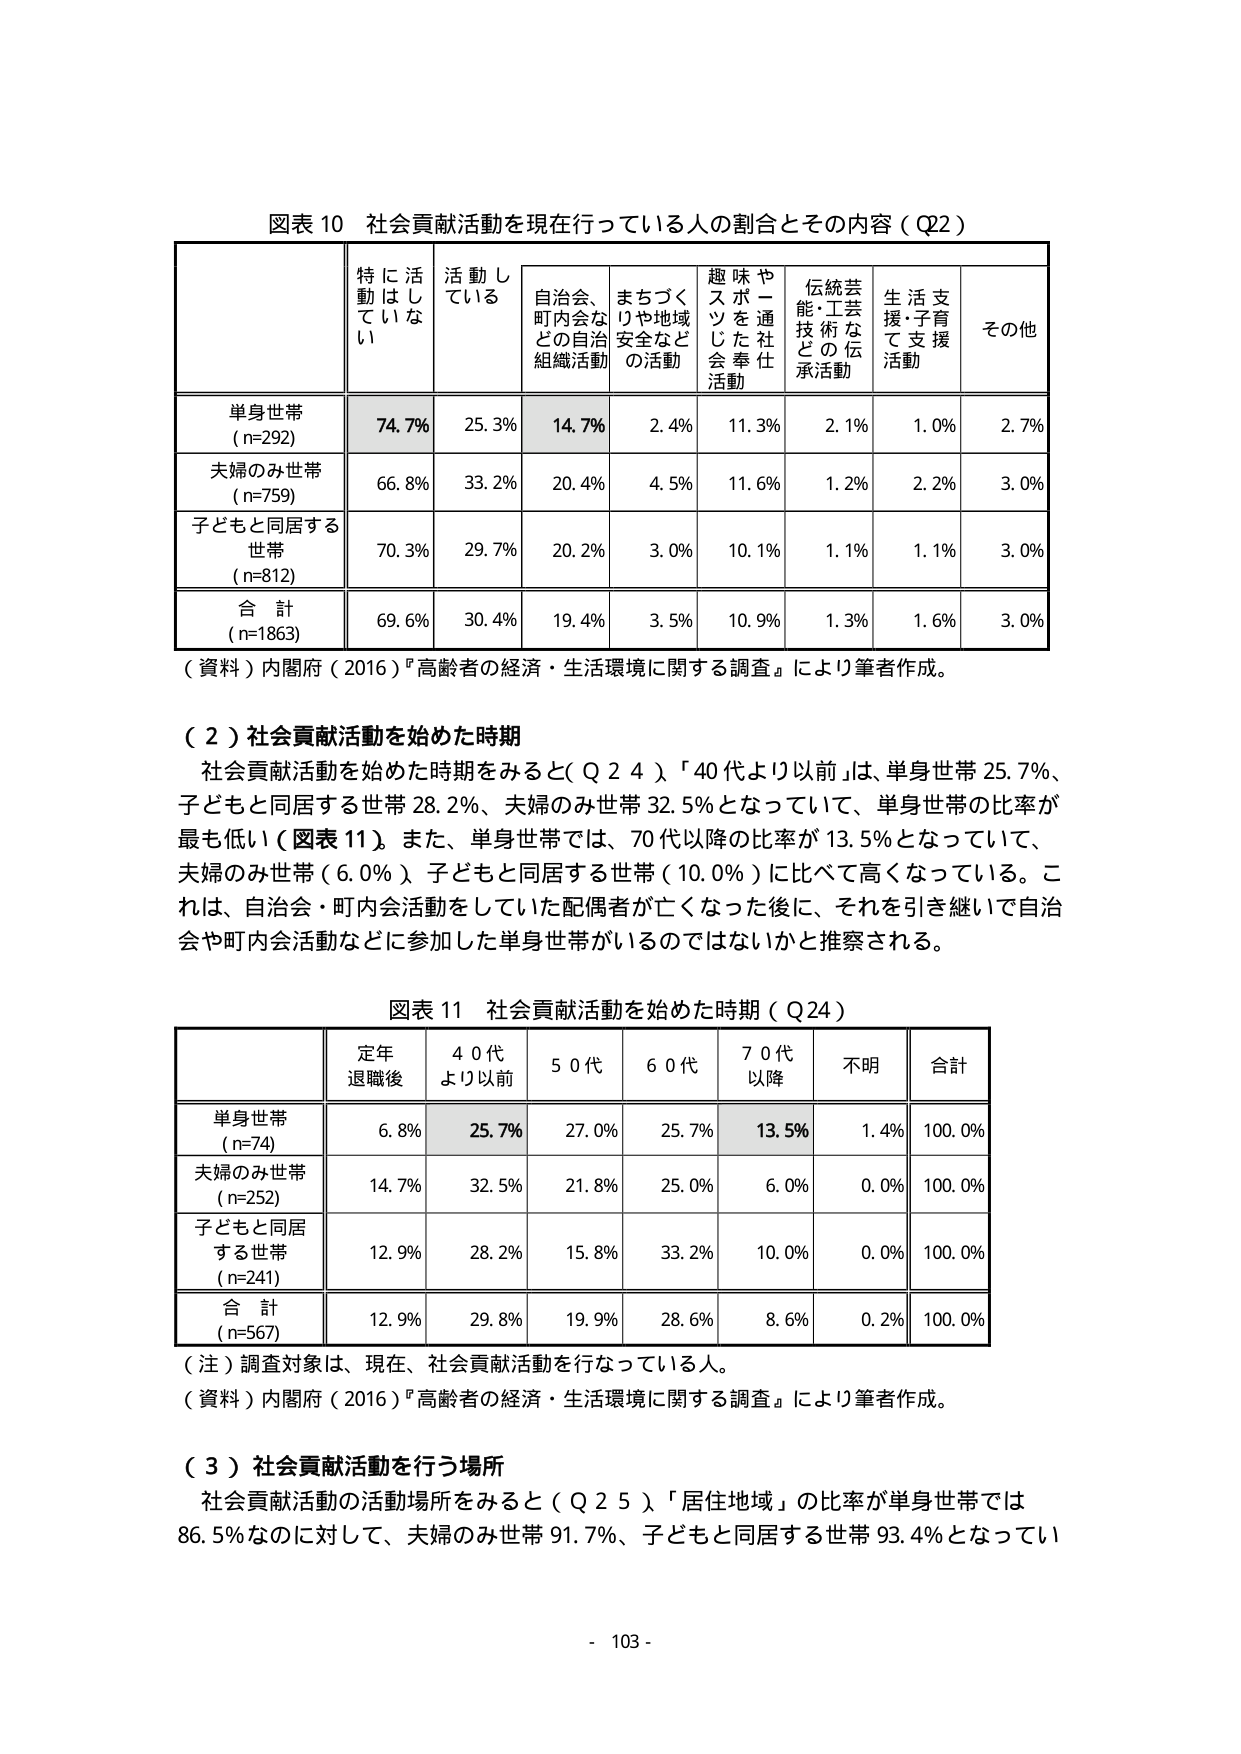
図表 10 社会貢献活動を現在行っている人の割合とその内容（Q2）

特に活動はしていない　活動している　自治会、町内会などの自治組織活動　まちづくりや地域安全などの活動　趣味やスポーツを通じた社会奉仕活動　伝統芸能・工芸技術などの伝承活動　生活支援・子育て支援活動　その他

単身世帯 (n=292)　74.7%　25.3%　14.7%　2.4%　11.3%　2.1%　1.0%　2.7%

夫婦のみ世帯 (n=759)　66.8%　33.2%　20.4%　4.5%　11.6%　1.2%　2.2%　3.0%

子どもと同居する世帯 (n=812)　70.3%　29.7%　20.2%　3.0%　10.1%　1.1%　1.1%　3.0%

合計 (n=1863)　69.6%　30.4%　19.4%　3.5%　10.9%　1.3%　1.6%　3.0%

（資料）内閣府（2016）『高齢者の経済・生活環境に関する調査』により筆者作成。

（２）社会貢献活動を始めた時期

社会貢献活動を始めた時期をみると（Q24）「40代より以前」は、単身世帯25.7%、子どもと同居する世帯28.2%、夫婦のみ世帯32.5%となっていて、単身世帯の比率が最も低い（図表11）。また、単身世帯では、70代以降の比率が13.5%となっていて、夫婦のみ世帯（6.0%）、子どもと同居する世帯（10.0%）に比べて高くなっている。これは、自治会・町内会活動をしていた配偶者が亡くなった後に、それを引き継いで自治会や町内会活動などに参加した単身世帯がいるのではないかと推察される。

図表 11 社会貢献活動を始めた時期（Q24）

定年退職後　40代より以前　50代　60代　70代以降　不明　合計

単身世帯 (n=74)　6.8%　25.7%　27.0%　25.7%　13.5%　1.4%　100.0%

夫婦のみ世帯 (n=252)　14.7%　32.5%　21.8%　25.0%　6.0%　0.0%　100.0%

子どもと同居する世帯 (n=241)　12.9%　28.2%　15.8%　33.2%　10.0%　0.0%　100.0%

合計 (n=567)　12.9%　29.8%　19.9%　28.6%　8.6%　0.2%　100.0%

（注）調査対象は、現在、社会貢献活動を行なっている人。

（資料）内閣府（2016）『高齢者の経済・生活環境に関する調査』により筆者作成。

（３）社会貢献活動を行う場所

社会貢献活動の活動場所をみると（Q25）「居住地域」の比率が単身世帯では86.5%なのに対して、夫婦のみ世帯91.7%、子どもと同居する世帯93.4%となってい

- 103 -